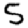
Digit: 5